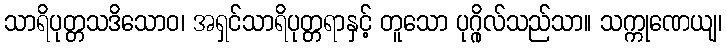
သာရိပုတ္တသဒိသောဝ၊ အရှင်သာရိပုတ္တရာနှင့် တူသော ပုဂ္ဂိုလ်သည်သာ။ သက္ကုဏေယျ၊